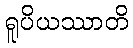
ရူပိယဿာတိ